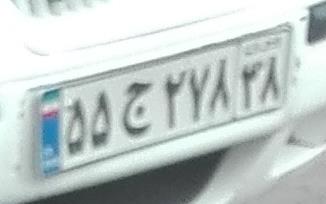
۵۵ج۲۷۸۳۸